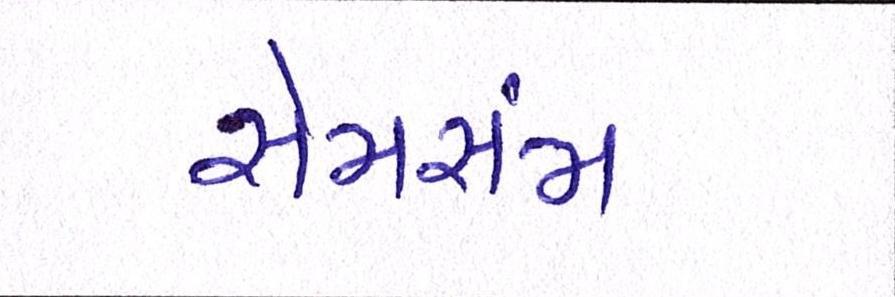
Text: સેમસંમ